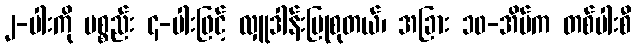
၂-ပါးကို ပစ္စည်း ၄-ပါးဖြင့် လှူဒါန်းပြုစုတယ်၊ အခြား ၁၀-အိမ်က တစ်ပါးစီ